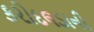
કરોદલડાની